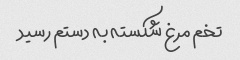
تخم مرغ شکسته به دستم رسید